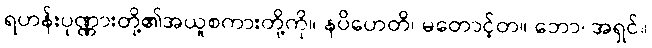
ရဟန်းပုဏ္ဏားတို့၏အယူစကားတို့ကို။ နပိဟေတိ၊ မတောင့်တ။ ဘော၊ အရှင်။